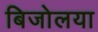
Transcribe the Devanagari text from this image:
बिजोलया